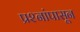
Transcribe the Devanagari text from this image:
प्रश्नांपासून